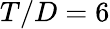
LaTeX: T/D=6